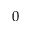
0